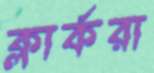
ক্লার্করা